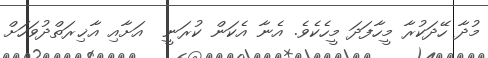
މުދާ ހޭދަކުރާ މީހާފަދަ މީހެކެވެ. އެނާ އެކަން ކުރަނީ  އަށާއި އާޚިރަތްދުވަހަށް